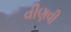
વીણવી